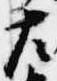
左